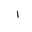
Letter: _alif